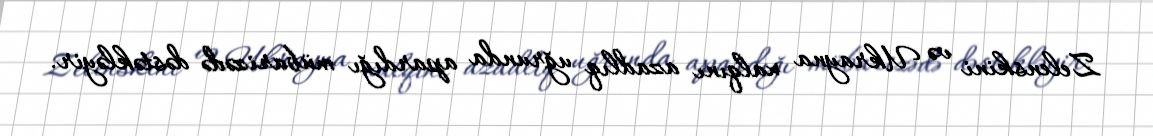
Zelenskini və Ukrayna xalqını azadlıq uğrunda apardığı mübarizədə dəstəkləyir.